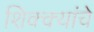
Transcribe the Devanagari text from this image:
शिक्क्यांचे